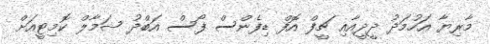
މާރިޔާ އަހުމަދު ދީދީއާއި ޗީފް އޮފް ޑިފެންސް ފޯސް އަބްދު ޝަމާލް ކޮމިޓީއަށް